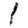
Digit: 1